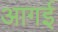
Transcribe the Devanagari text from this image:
आगई